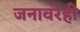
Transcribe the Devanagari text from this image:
जनावरेही